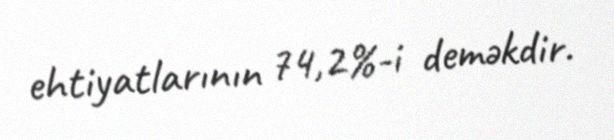
ehtiyatlarının 74,2%-i deməkdir.